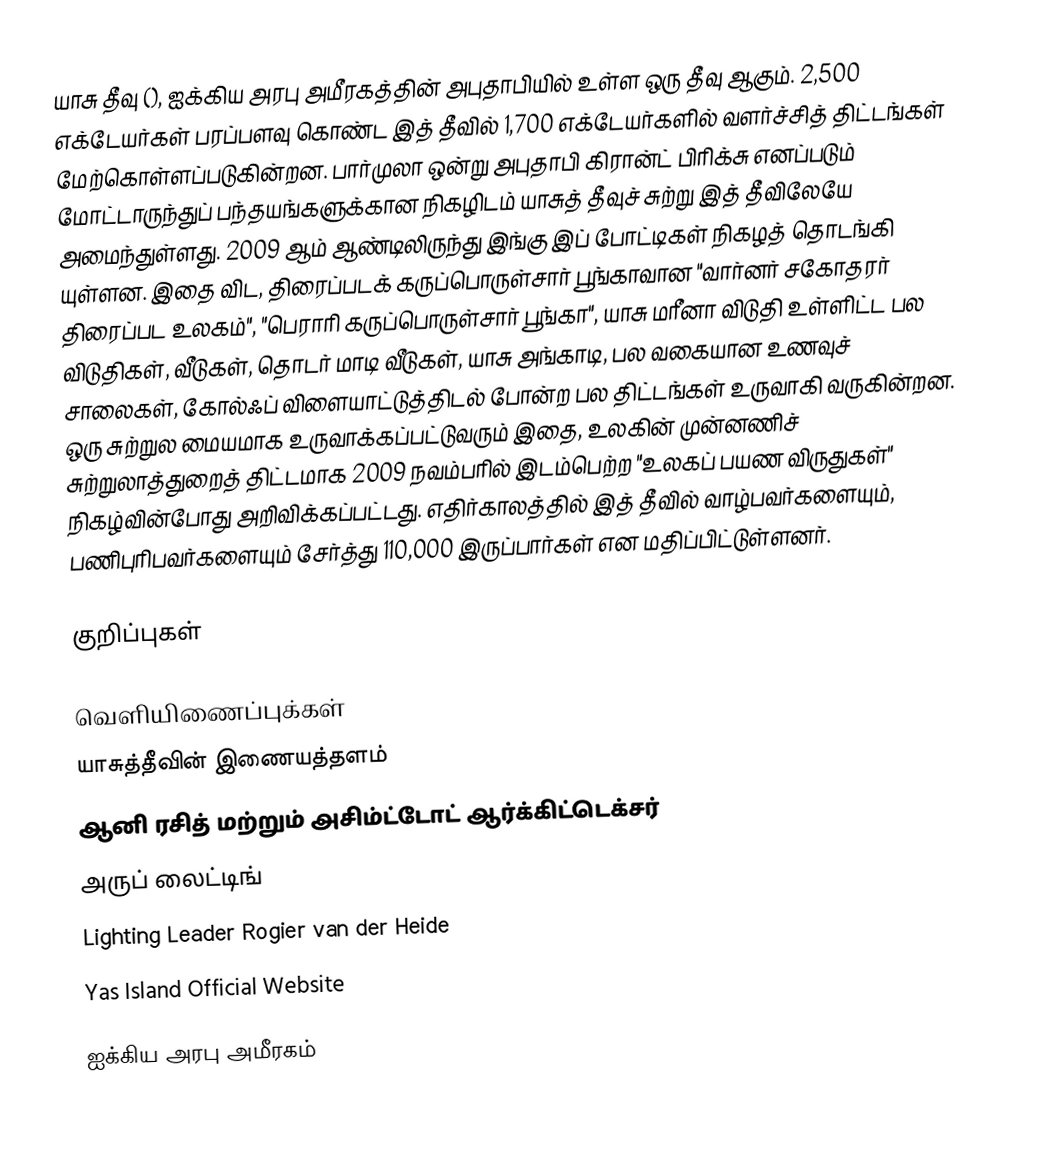
யாசு தீவு (), ஐக்கிய அரபு அமீரகத்தின் அபுதாபியில் உள்ள ஒரு தீவு ஆகும். 2,500 எக்டேயர்கள் பரப்பளவு கொண்ட இத் தீவில் 1,700 எக்டேயர்களில் வளர்ச்சித் திட்டங்கள் மேற்கொள்ளப்படுகின்றன. பார்முலா ஒன்று அபுதாபி கிரான்ட் பிரிக்சு எனப்படும் மோட்டாருந்துப் பந்தயங்களுக்கான நிகழிடம் யாசுத் தீவுச் சுற்று இத் தீவிலேயே அமைந்துள்ளது. 2009 ஆம் ஆண்டிலிருந்து இங்கு இப் போட்டிகள் நிகழத் தொடங்கி யுள்ளன. இதை விட, திரைப்படக் கருப்பொருள்சார் பூங்காவான "வார்னர் சகோதரர் திரைப்பட உலகம்", "பெராரி கருப்பொருள்சார் பூங்கா", யாசு மரீனா விடுதி உள்ளிட்ட பல விடுதிகள், வீடுகள், தொடர் மாடி வீடுகள், யாசு அங்காடி, பல வகையான உணவுச் சாலைகள், கோல்ஃப் விளையாட்டுத்திடல் போன்ற பல திட்டங்கள் உருவாகி வருகின்றன. ஒரு சுற்றுல மையமாக உருவாக்கப்பட்டுவரும் இதை, உலகின் முன்னணிச் சுற்றுலாத்துறைத் திட்டமாக 2009 நவம்பரில் இடம்பெற்ற "உலகப் பயண விருதுகள்" நிகழ்வின்போது அறிவிக்கப்பட்டது. எதிர்காலத்தில் இத் தீவில் வாழ்பவர்களையும், பணிபுரிபவர்களையும் சேர்த்து 110,000 இருப்பார்கள் என மதிப்பிட்டுள்ளனர்.

குறிப்புகள்

வெளியிணைப்புக்கள்
யாசுத்தீவின் இணையத்தளம்
ஆனி ரசித் மற்றும் அசிம்ட்டோட் ஆர்க்கிட்டெக்சர்
அருப் லைட்டிங்
Lighting Leader Rogier van der Heide
 Yas Island Official Website

ஐக்கிய அரபு அமீரகம்